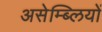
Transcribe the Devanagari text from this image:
असेम्ब्लियों